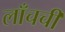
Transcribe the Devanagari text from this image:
लाँचची